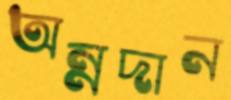
অন্নদান